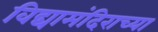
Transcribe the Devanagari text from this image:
विद्यामंदिराच्या